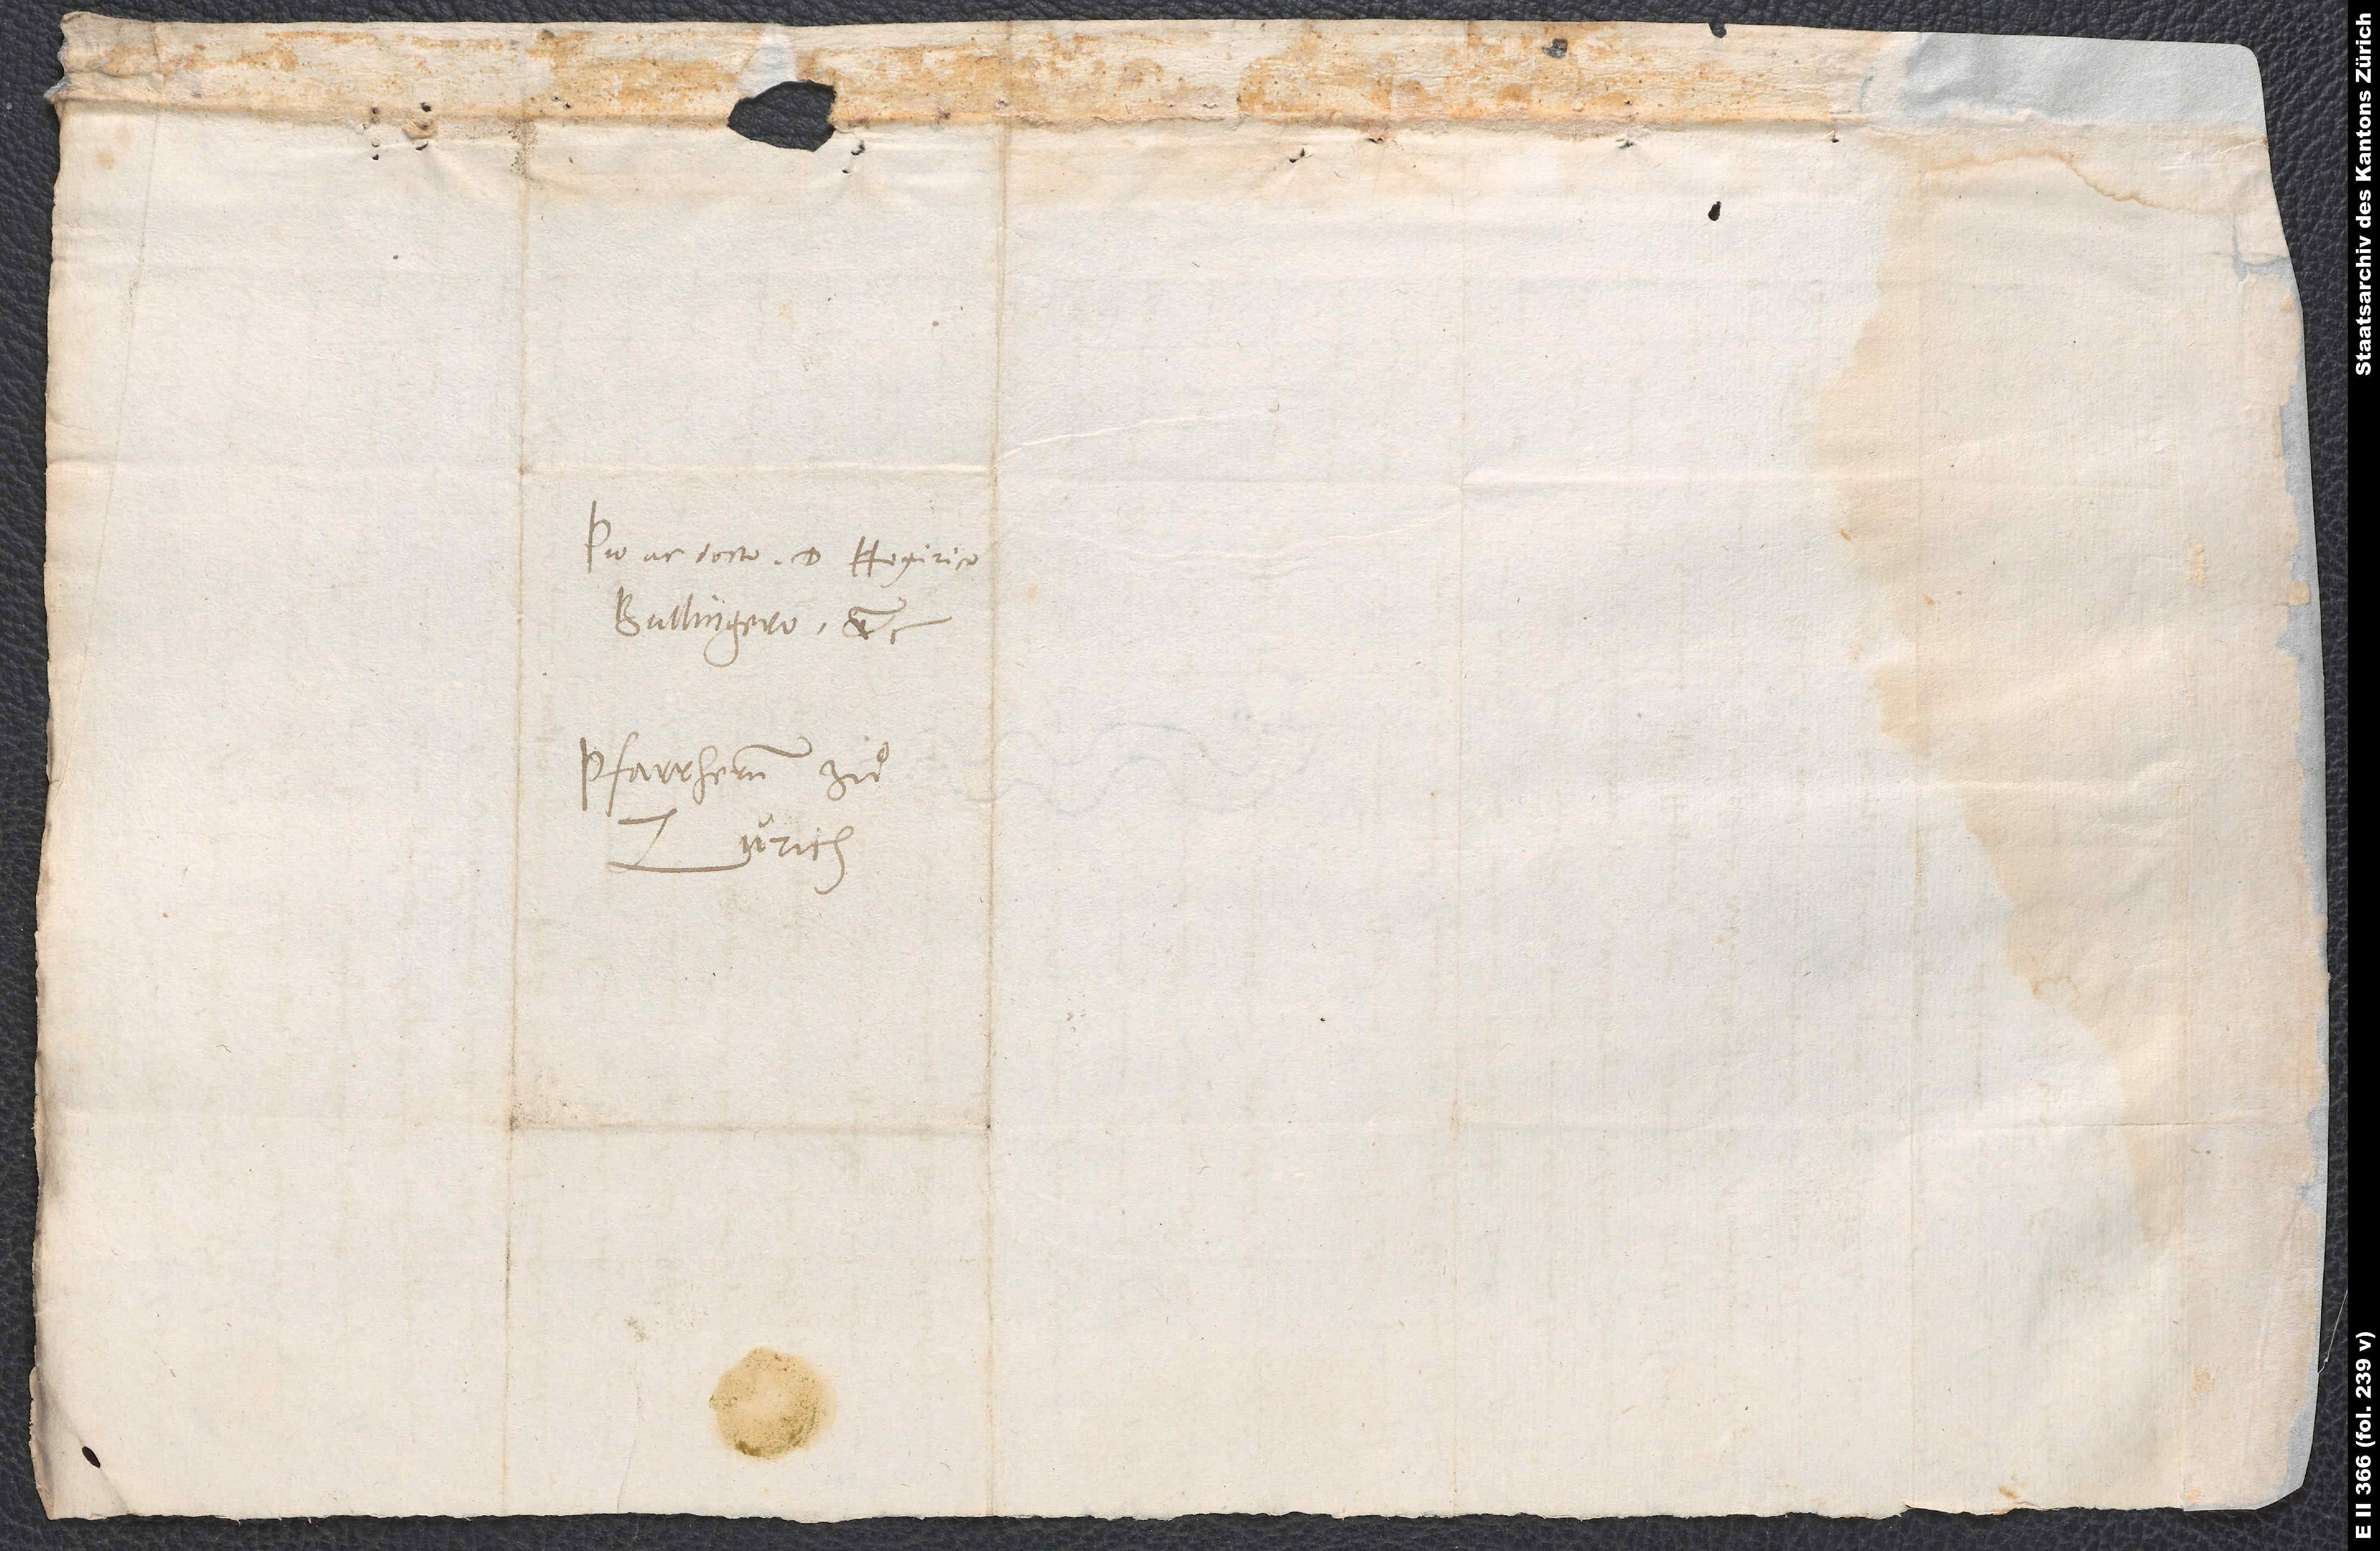
Pio ac docto d. Heynrico
Bullingero, etc.,
pfarrhernn zuͦ
Zurich.